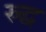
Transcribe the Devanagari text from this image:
स्र्द्ध